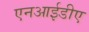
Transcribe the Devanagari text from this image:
एनआईडीए